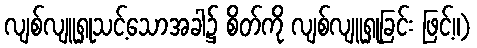
လျစ်လျူရှုသင့်သောအခါ၌ စိတ်ကို လျစ်လျူရှုခြင်း ဖြင့်။)